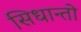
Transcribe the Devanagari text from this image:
सिधान्तो